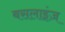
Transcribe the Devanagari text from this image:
बसलाइंज़